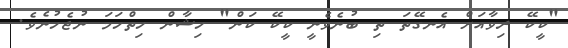
"ކީކޭ ރިވާއަށް އެނގޭތަ ތި ބުނެވެނީ ކީކޭ ކަން" ހިޝާން ހިތްހަމަ ނުޖެހުނެވެ.